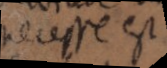
necesse est,